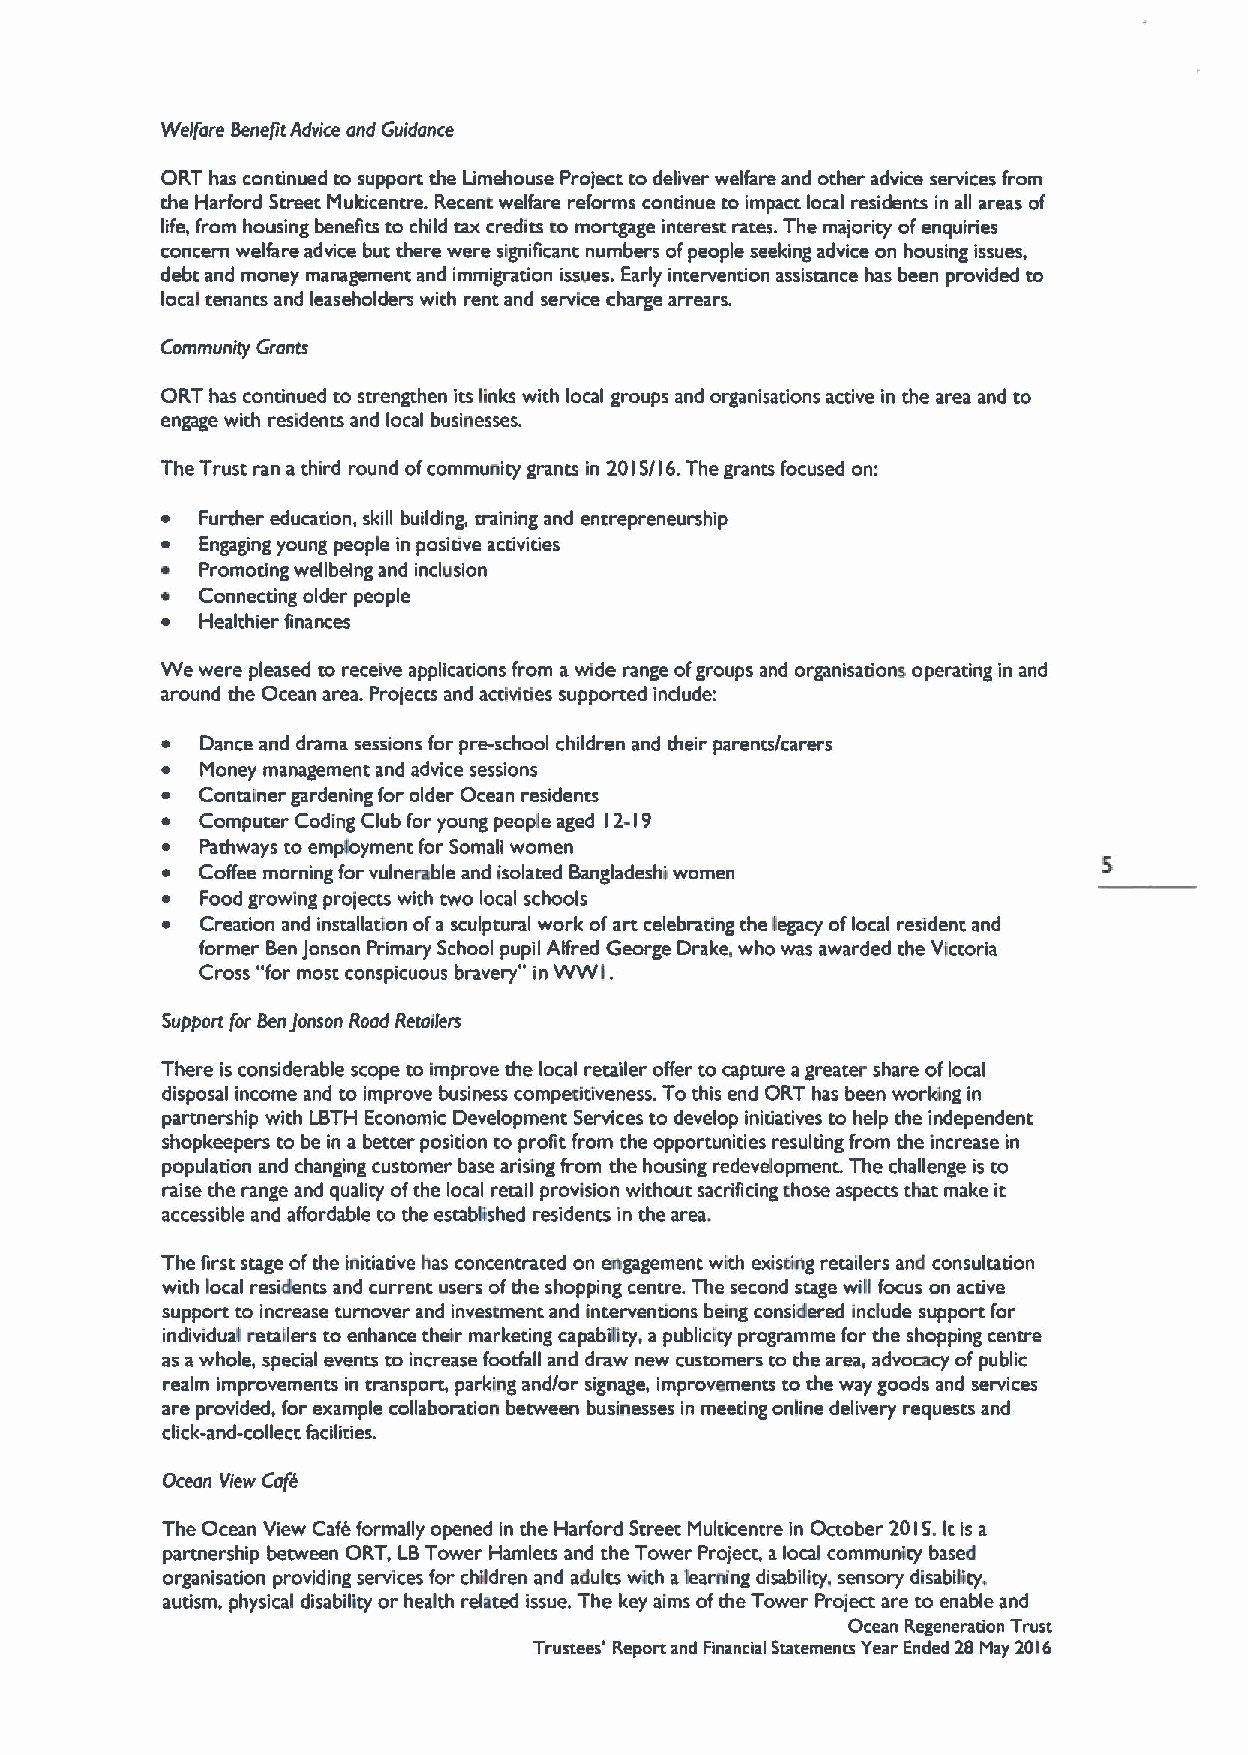
Welfare Benefit Advice and Guidance
 ORT has continued to support the Limehouse Project to deliver welfare and other advice services from
 che Harford Street Multicentre. Recent welfare reforms continue to impact local residents in all areas of
 life, from housing benefits to child cax credits to mortgage interesc rares. The majority ofenquiries
 concern welfare advice but there were significant numbers ofpeople seeking advice on housing issues,
 debt and money management and immigration issues. Early intervention assistance has been provided to
 local tenancs and leaseholders with rent and service charge arrears.
 Community Grants
 ORT has continued to strengthen its links with local groups and organisations active in the area and to
 engage with residents and local businesses.
 The Trust ran a third round ofcommunity grancs in 2015/16.The grants focused on:
 ~ Further education, skill building, training and entrepreneurship
 ~ Engaging young people in positive activities
 ~ Promoting wellbeing and inclusion
 ~ Connecting older people
 ~ Healthier finances
 We were pleased to receive applications from awide range ofgroups and organisations operating in and
 around the Ocean area. Projects and activities supported include:
 ~ Dance and drama sessions for pre-school children and their parents/carers
 ~ Money management and advice sessions
 ~ Container gardening for older Ocean residents
 ~ Computer Coding Club for young people aged 12-19
 ~ Pathways to employment for Somali women
 ~ Coffee morning for vulnerable and isolated Bangladeshi women
 ~ Food growing projects with two local schools
 ~ Creation and installadon ofa sculptural work ofart celebrating the legacy oflocal resident and
 former BenJonson Primary School pupil Alfred George Drake. who was awarded the Victoria
 Cross "for most conspicuous bravery" in WWI.
 Support for Benjonson Rood Retailers
 There is considerable scope to improve the local retailer offer to capture agreater share oflocal
 disposal income and to improve business competitiveness. To this end ORT has been worldng in
 partnership with LBTH Economic Development Services to develop initiatives to help the independent
 shopkeepers to be in a better position coprofit from the opportunities resulting from the increase in
 popularion and changing customer base arising from the housing redevelopment. The challenge is to
 raise the range and quality ofthe local retail provision without sacrificing those aspects rhat make it
 accessible and affordable to the established residents in the area,
 The first stage ofthe initiative has concentrated on engagement with existing retailers and consultation
 with local residents and currenc users ofthe shopping centre. The second stage will focus on active
 support to increase turnover and investment and interventions being considered include support for
 individual retailers to enhance their marketing capability, a publicity programme for the shopping centre
 as awhole, special events to increase footfall and draw new customers to the area, advocacy ofpublic
 realm improvements in transport, parking and/or signage, improvements to the way goods and services
 are provided, for example collaboration between businesses in meeting online delivery requests and
 click-and-collecr, facilities.
 Ocean View Cafe
 The Ocean View Cafe formally opened in the Harford Street Multicentre in October 2015.Itis a
 parmership beoveen ORT, LBTower Hamlets and the Tower Project, alocal community based
 organisation providing services for children and adults with aleaning disability. sensory disability,
 autism, physical disability or heakh related issue. The key aims ofthe Tower Project are to enable and
 Ocean Regeneration Trust
 Trustees' Report and Financial Statements Year Ended 28 May 2016